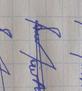
Signature authenticity: forged